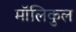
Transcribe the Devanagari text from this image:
मॉलिकुल